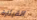
القيثارة